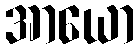
အာယော